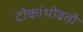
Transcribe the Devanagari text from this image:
टोकांभोवती